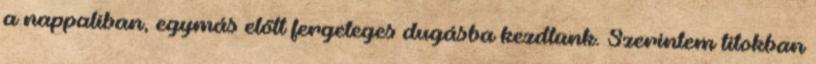
a nappaliban, egymás előtt fergeteges dugásba kezdtünk. Szerintem titokban